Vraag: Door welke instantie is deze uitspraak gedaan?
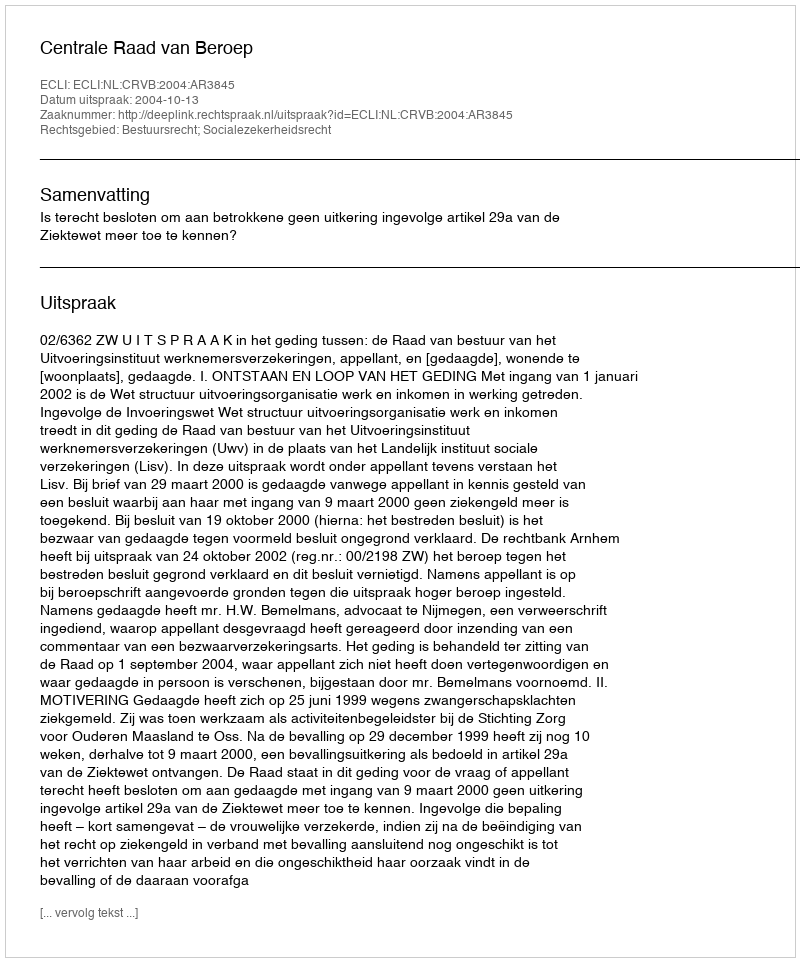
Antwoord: Centrale Raad van Beroep